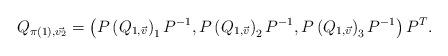
LaTeX: \begin{align*} Q_{\pi(1),\vec{v_2}} = \left( P \left( Q_{1,\vec{v}} \right)_1 P^{-1}, P \left( Q_{1,\vec{v}} \right)_2 P^{-1}, P \left( Q_{1,\vec{v}} \right)_3 P^{-1} \right) P^T. \end{align*}